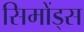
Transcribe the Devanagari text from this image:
सिमोंड्स